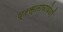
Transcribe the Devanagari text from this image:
प्रस्तावावेळी